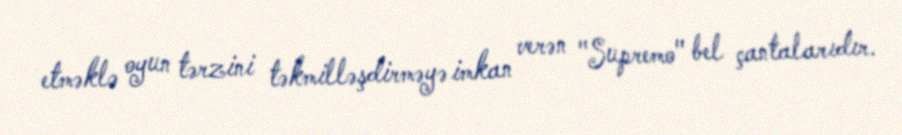
etməklə oyun tərzini təkmilləşdirməyə imkan verən "Supremo" bel çantalarıdır.